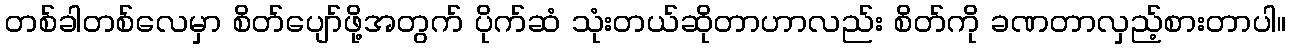
တစ်ခါတစ်လေမှာ စိတ်ပျော်ဖို့အတွက် ပိုက်ဆံ သုံးတယ်ဆိုတာဟာလည်း စိတ်ကို ခဏတာလှည့်စားတာပါ။